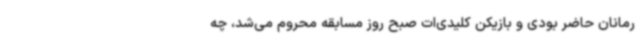
رمانان حاضر بودی و بازیکن کلیدی‌ات صبح روز مسابقه محروم می‌شد، چه